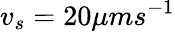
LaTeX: v_{s}=20\mu ms^{-1}